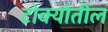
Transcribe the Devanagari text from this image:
टोक्योतील